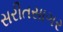
સરીતસાગર